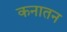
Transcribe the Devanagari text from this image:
कनातन